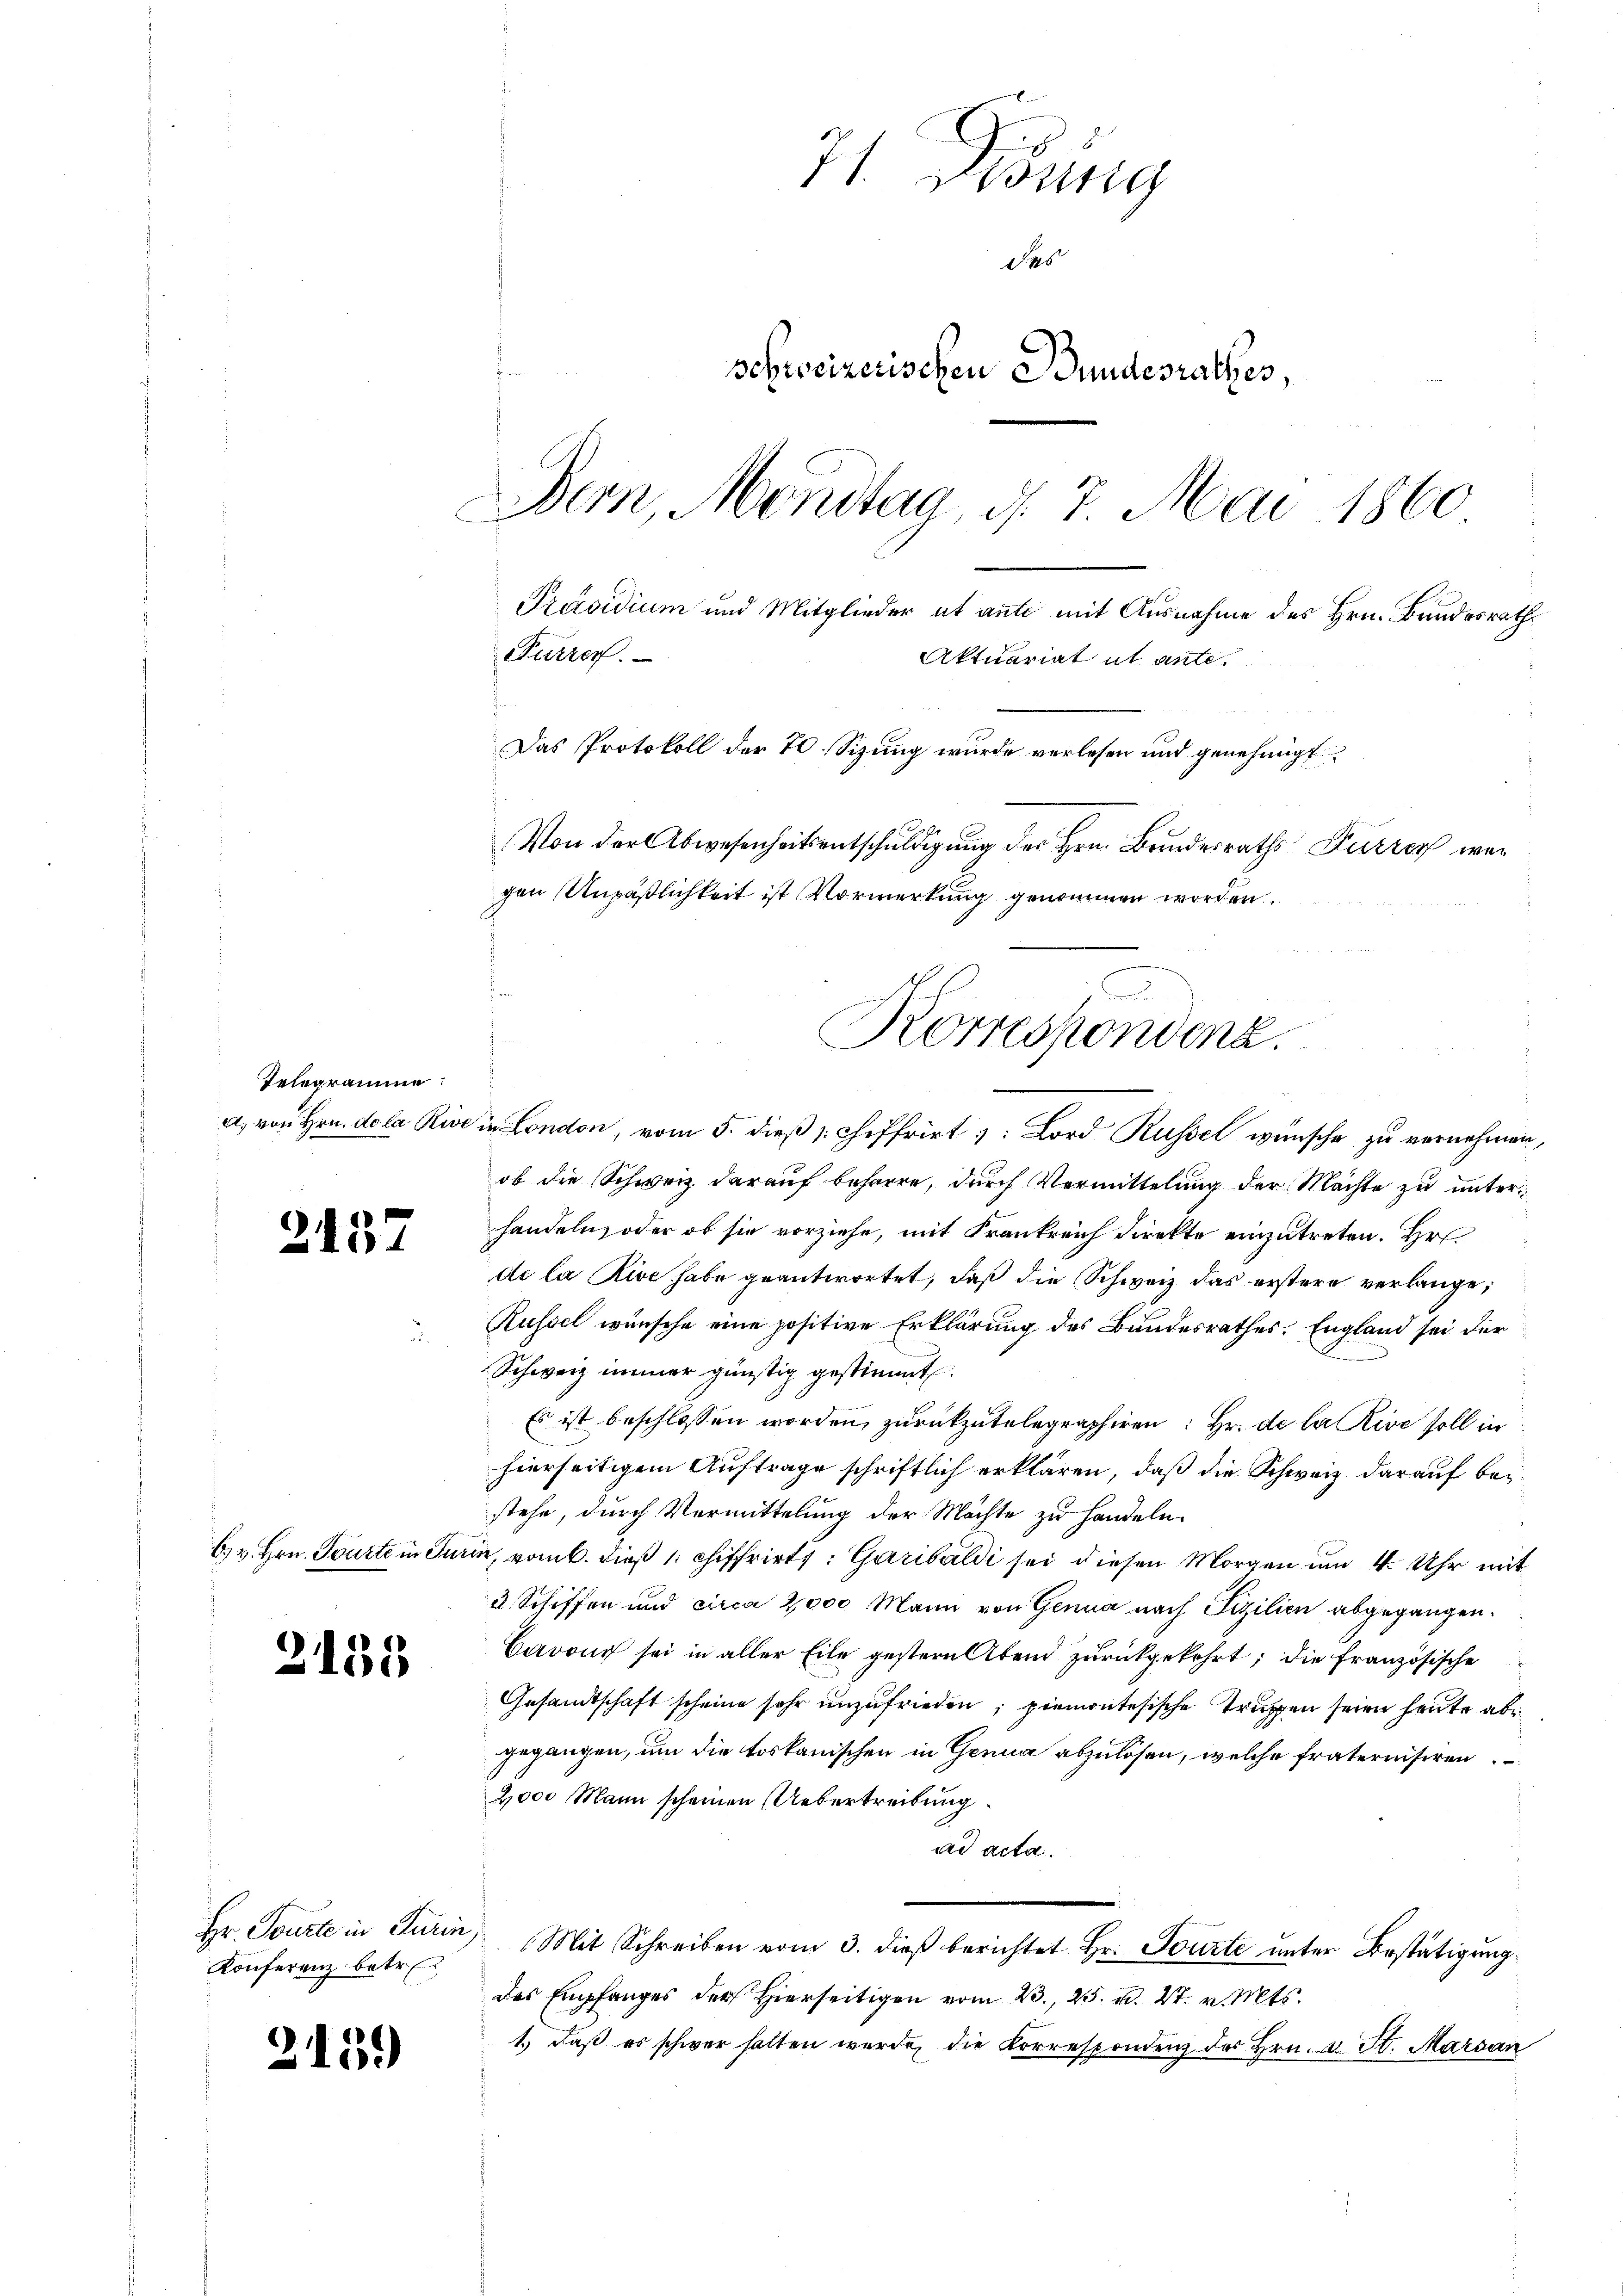
Telegramme:

2437

2135

Konferenz betr.

2139)

E

71. Debung
das
schweizerischen Bundesrathes,
Bern, Mondtag, d. 7. Mai 1860
Präsidium und Mitglieder ut ante mit Ausnahme des Hrn. Bundesrath
Purren.
Aktuariat ut ante¬
Das Protokoll der 70. Sizung wurde verlesen und genehmigt
Von der Abwesenheitsentschuldigung der Hrn. Bundesraths Furrer wer
gen Unpäßlichkeit ist Vormerkung genommen worden.

Korrespondenz.

a, von Hrn. dola Rive in London, vom 5. dieß schiffrirt: Lord Russet wünsche zu vernehmen,
ob die Schweiz darauf beharre, durch Vormittelung der Machte zu unterhandeln, oder ob sie vorziehe, mit Frankreich Direkte einzutreten. Hr.
de la Rive habe geantwortet, daß die Schweiz das erstere verlange,
Küssel wünsche eine positive Erklärung des Bundesrathes. England sei der
Schweiz immer günstig gestimmt.
Es ist beschlossen worden, zurückzutelegraphiren. Hr. de la Rive soll in
hierseitigem Auftrage schriftlich erklären, daß die Schweiz darauf bei
stehe, durch Vermittelung der Möchte zu handeln.
b. v. Hrn. Tourte in Turin, vom 6. dieß 1 chiffrirt: Garibaldi sei diesen Morgen um 4 Uhr mit
u Schiffen und circa 2000 Mann von Genua nach Fizilien abgegangen.
Cavous sei in aller Eile gestern Abend zurückgekehrt; die Französische
Gesamtschaft scheine sehr unzufrieden; piemontesische Truppen seien heute ab
gegangen, um die toskanischen in Genua abzulösen, welche fraternisiren
2000 Mann scheinen Uebertreibung
ad acta.
Hr. Tourte in Turin Mit Schreiben vom 3. dieβ berichtet Hr. Tourte ŭnter Bestätigung
des Empfanges der hierseitigen vom 23. 25. v. 27. v. Mts.
1.) Daß es schwer halten werde, die Korrespondenz des Hrn. v. St. Marsan